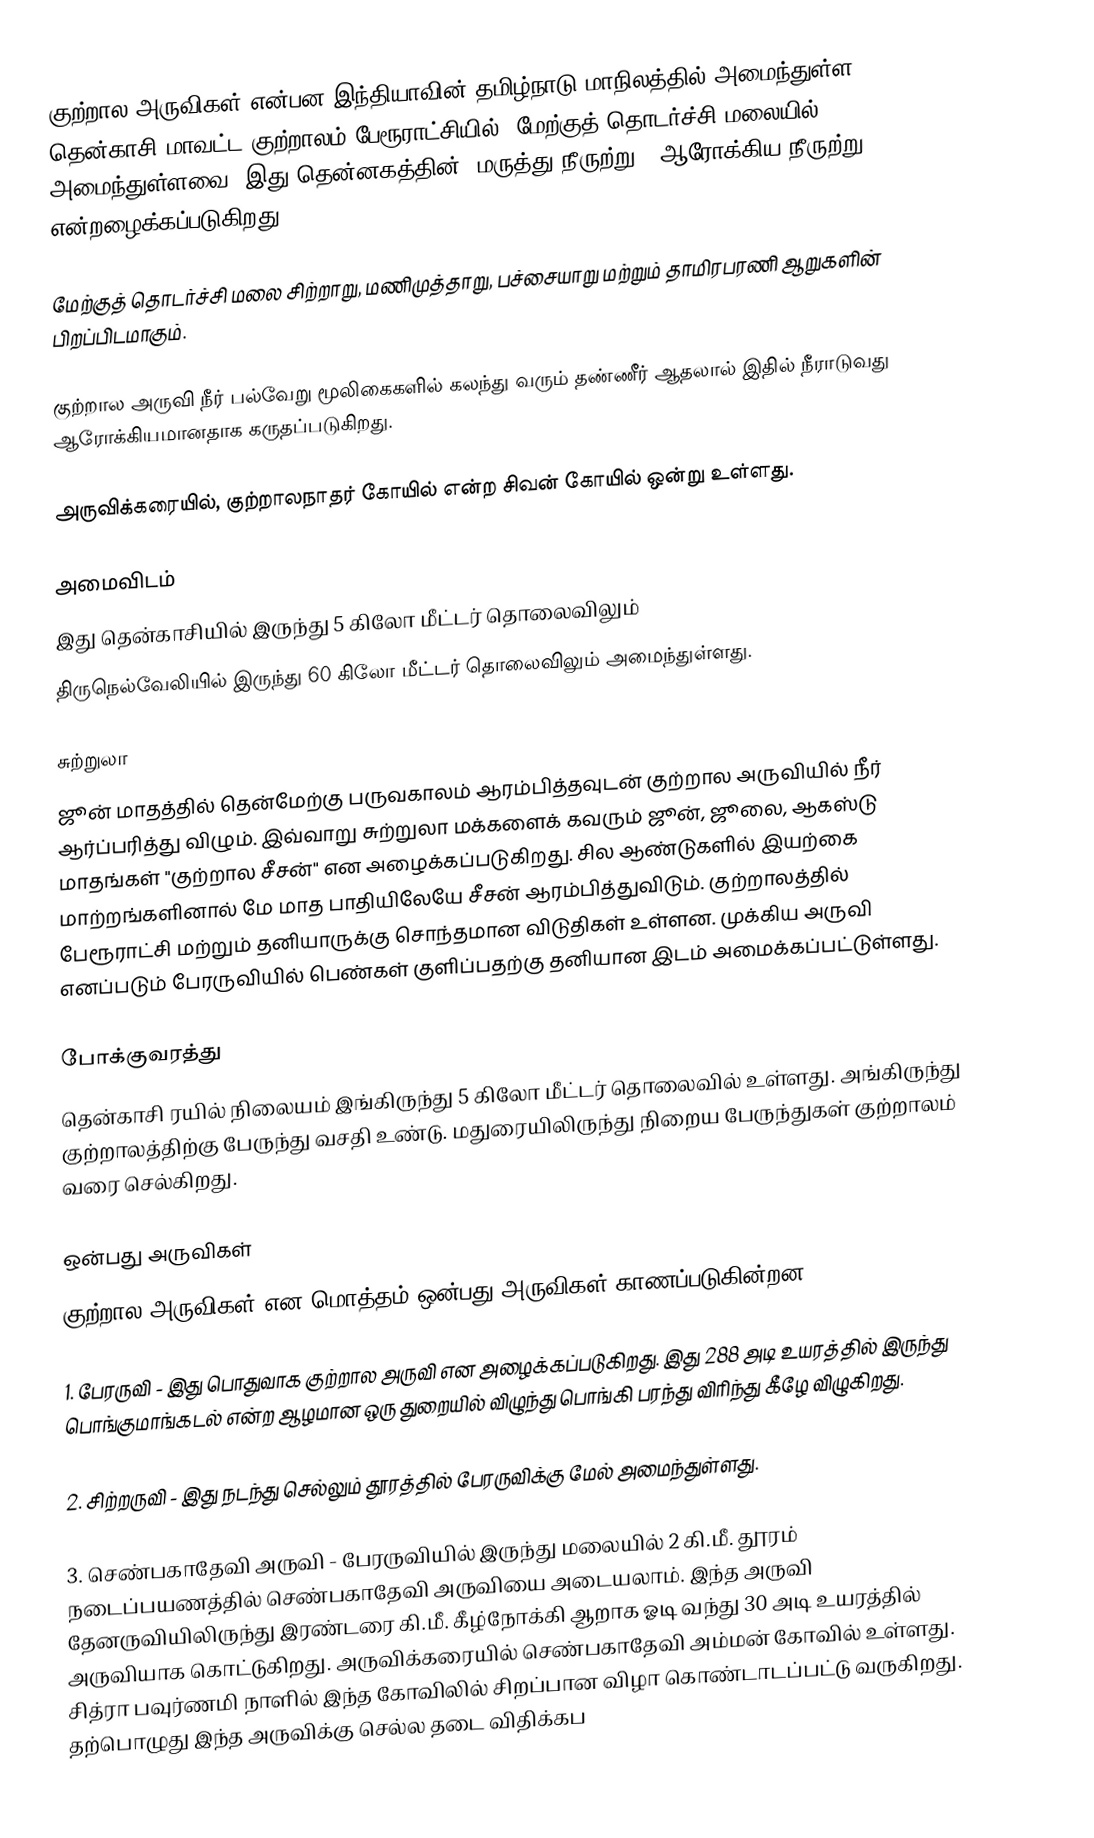
குற்றால அருவிகள் என்பன இந்தியாவின் தமிழ்நாடு மாநிலத்தில் அமைந்துள்ள தென்காசி மாவட்ட குற்றாலம் பேரூராட்சியில், மேற்குத் தொடர்ச்சி மலையில் அமைந்துள்ளவை. இது தென்னகத்தின் "மருத்து நீருற்று" (ஆரோக்கிய நீருற்று) என்றழைக்கப்படுகிறது.

மேற்குத் தொடர்ச்சி மலை சிற்றாறு, மணிமுத்தாறு, பச்சையாறு மற்றும் தாமிரபரணி ஆறுகளின் பிறப்பிடமாகும்.

குற்றால அருவி நீர் பல்வேறு மூலிகைகளில் கலந்து வரும் தண்ணீர் ஆதலால் இதில் நீராடுவது ஆரோக்கியமானதாக கருதப்படுகிறது.

அருவிக்கரையில், குற்றாலநாதர் கோயில் என்ற சிவன் கோயில் ஒன்று உள்ளது.

அமைவிடம்
இது தென்காசியில் இருந்து 5 கிலோ மீட்டர் தொலைவிலும்
திருநெல்வேலியில்  இருந்து 60 கிலோ மீட்டர் தொலைவிலும் அமைந்துள்ளது.

சுற்றுலா
ஜூன் மாதத்தில் தென்மேற்கு பருவகாலம் ஆரம்பித்தவுடன் குற்றால அருவியில் நீர் ஆர்ப்பரித்து விழும். இவ்வாறு சுற்றுலா மக்களைக் கவரும் ஜூன், ஜூலை, ஆகஸ்டு மாதங்கள் "குற்றால சீசன்" என அழைக்கப்படுகிறது. சில ஆண்டுகளில் இயற்கை மாற்றங்களினால் மே மாத பாதியிலேயே சீசன் ஆரம்பித்துவிடும். குற்றாலத்தில் பேரூராட்சி மற்றும் தனியாருக்கு சொந்தமான விடுதிகள் உள்ளன. முக்கிய அருவி எனப்படும் பேரருவியில் பெண்கள் குளிப்பதற்கு தனியான இடம் அமைக்கப்பட்டுள்ளது.

போக்குவரத்து
தென்காசி ரயில் நிலையம் இங்கிருந்து 5 கிலோ மீட்டர் தொலைவில் உள்ளது. அங்கிருந்து குற்றாலத்திற்கு பேருந்து வசதி உண்டு. மதுரையிலிருந்து நிறைய பேருந்துகள் குற்றாலம் வரை செல்கிறது.

ஒன்பது அருவிகள்
குற்றால அருவிகள் என மொத்தம் ஒன்பது அருவிகள் காணப்படுகின்றன.

1. பேரருவி - இது பொதுவாக குற்றால அருவி என அழைக்கப்படுகிறது. இது 288 அடி உயரத்தில் இருந்து பொங்குமாங்கடல் என்ற ஆழமான ஒரு துறையில் விழுந்து பொங்கி பரந்து  விரிந்து கீழே விழுகிறது.

2. சிற்றருவி - இது நடந்து செல்லும் தூரத்தில் பேரருவிக்கு மேல் அமைந்துள்ளது.

3. செண்பகாதேவி அருவி - பேரருவியில் இருந்து மலையில் 2 கி.மீ. தூரம் நடைப்பயணத்தில் செண்பகாதேவி அருவியை அடையலாம். இந்த அருவி தேனருவியிலிருந்து இரண்டரை கி.மீ. கீழ்நோக்கி ஆறாக ஓடி வந்து 30  அடி உயரத்தில் அருவியாக கொட்டுகிறது. அருவிக்கரையில் செண்பகாதேவி அம்மன்  கோவில் உள்ளது. சித்ரா பவுர்ணமி நாளில் இந்த கோவிலில் சிறப்பான விழா  கொண்டாடப்பட்டு வருகிறது. தற்பொழுது இந்த அருவிக்கு செல்ல தடை விதிக்கப